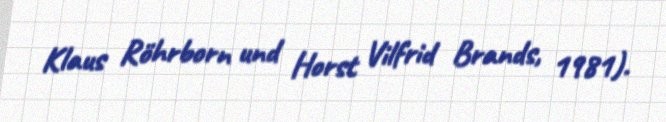
Klaus Röhrborn und Horst Vilfrid Brands, 1981).